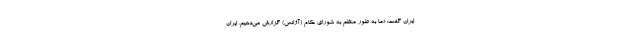
ایران گفت: «ما به طور منظم به شورای حکام (آژانس) گزارش می‌دهیم. ایران